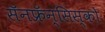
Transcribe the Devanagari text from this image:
सॅनफ्रॅन्सिस्को